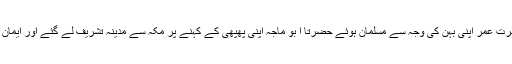
پھر حضرت عمر اپنی بہن کی وجہ سے مسلمان ہوئے حضرتا ا بو ماجہ اپنی پھپھی کے کہنے پر مکہ سے مدینہ تشریف لے گئے اور ایمان لے آئے۔